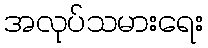
အလုပ်သမားရေး